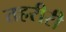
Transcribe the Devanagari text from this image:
तहरीरी